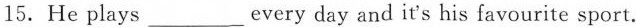
15.He plays___every day and it's his favourite sport.